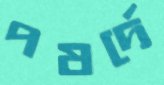
পষর্দে